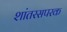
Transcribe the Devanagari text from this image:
शांतरसपरक